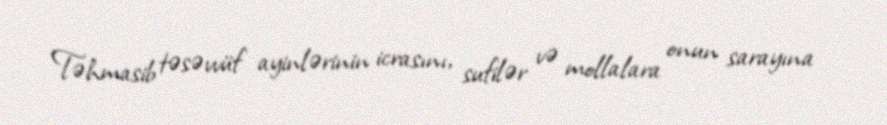
Təhmasib təsəvvüf ayinlərinin icrasını, sufilər və mollalara onun sarayına